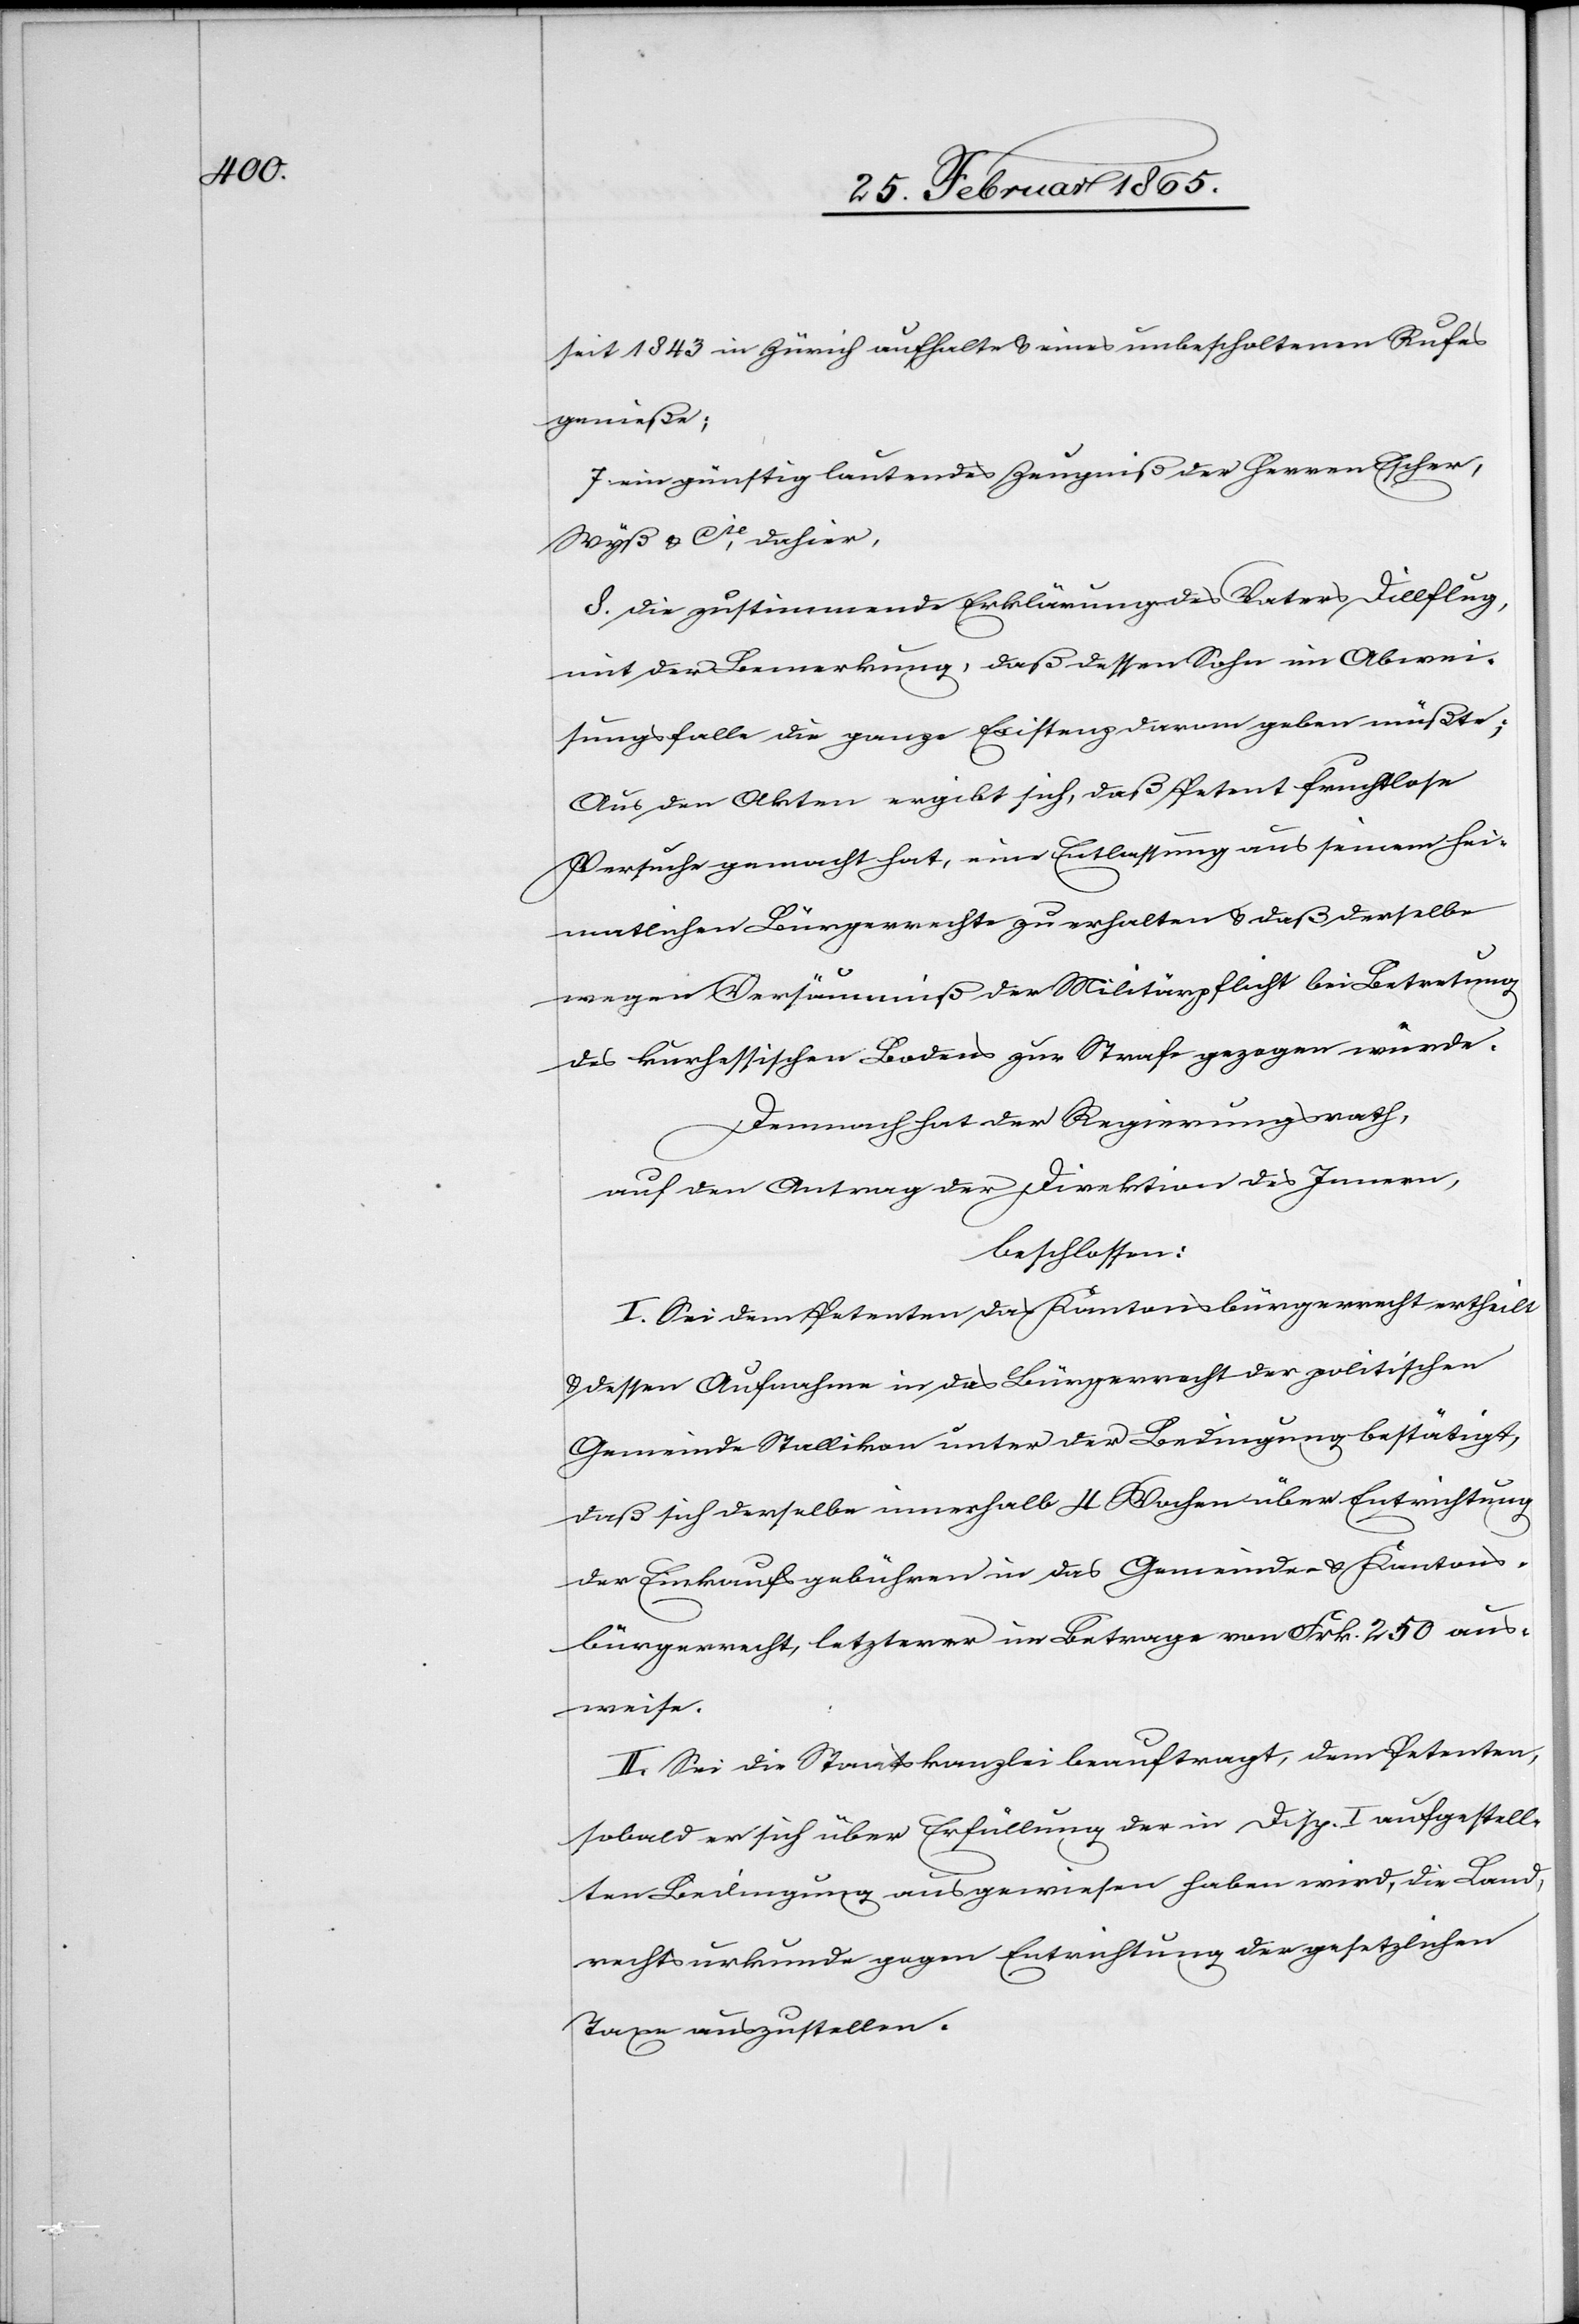
seit 1843 in Zürich aufhalte u. eines unbescholtenen Rufes
genieße;
7. ein günstig lautendes Zeugniß der Herren Escher,
Wyß u. Cie, dahier,
8. die zustimmende Erklärung des Vaters Dillflug,
mit der Bemerkung, daß dessen Sohn im Abwei¬
sungsfalle die ganze Existenz darom geben müßte;
Aus den Akten ergibt sich, daß Petent fruchtlose
Versuche gemacht hat, eine Entlassung aus seinem hei¬
matlichen Bürgerrechte zu erhalten u. daß derselbe
wegen Versäumniß der Militärpflicht bei Betretung
des kurhessischen Bodens zur Strafe gezogen würde.
Demnach hat der Regierungsrath,
auf den Antrag der Direktion des Innern,
beschlossen:
I. Sei dem Petenten das Kantonsbürgerrecht ertheilt
u. dessen Aufnahme in das Bürgerrecht der politischen
Gemeinde Stallikon unter der Bedingung bestätigt,
daß sich derselbe innerhalb 4 Wochen über Entrichtung
der Einkaufsgebühren in das Gemeinde- u. Kantons¬
bürgerrecht, letzterer im Betrage von Frk. 250 aus¬
weise.
II. Sei die Staatskanzlei beauftragt, dem Petenten,
sobald er sich über Erfüllung der in Disp. I aufgestell¬
ten Bedingung ausgewiesen haben wird, die Land¬
rechtsurkunde gegen Entrichtung der gesetzlichen
Taxe auszustellen.